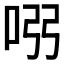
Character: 𠱳